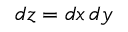
\mathop { d z } = \mathop { d x } \mathop { d y }